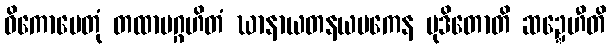
ဝိကောပေတုံ တထာပဂ္ဂဟိတံ ဃာနာယတနယမကေန မုဒိတောတိ ဆဍ္ဍေဟီတိ